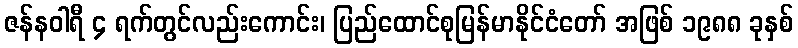
ဇန်နဝါရီ ၄ ရက်တွင်လည်းကောင်း၊ ပြည်ထောင်စုမြန်မာနိုင်ငံတော် အဖြစ် ၁၉၈၈ ခုနှစ်